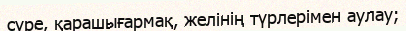
сүре, қарашығармақ, желінің түрлерімен аулау;